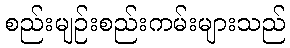
စည်းမျဉ်းစည်းကမ်းများသည်